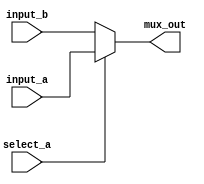
module mux_2 
  #(
   parameter integer DATA_W = 16
   )(
      input  wire [DATA_W-1:0] input_a,
      input  wire [DATA_W-1:0] input_b,
      input  wire              select_a,
      output reg  [DATA_W-1:0] mux_out
   );

   always@(*)begin
      if(select_a == 1'b1)begin
         mux_out = input_a;
      end else begin
         mux_out = input_b;
      end
   end
endmodule